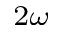
_ { 2 \omega }